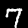
Digit: 7